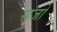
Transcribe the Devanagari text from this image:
सजो